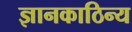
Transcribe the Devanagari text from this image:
ज्ञानकाठिन्य